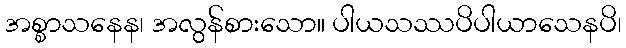
အစ္စာသနေန၊ အလွန်စားသော။ ပါယသဿပိပါယာသေနပိ၊